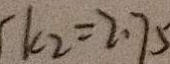
k _ { 2 } = 2 . 7 5